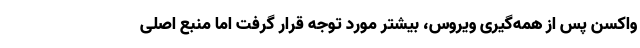
واکسن پس از همه‌گیری ویروس، بیشتر مورد توجه قرار گرفت اما منبع اصلی